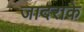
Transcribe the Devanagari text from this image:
जादराके